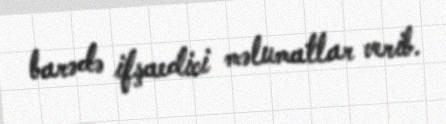
barədə ifşaedici məlumatlar verib.